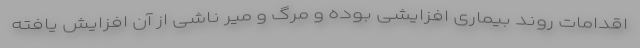
اقدامات روند بیماری افزایشی بوده و مرگ و میر ناشی از آن افزایش یافته